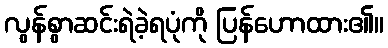
လွန်စွာဆင်းရဲခဲ့ရပုံကို ပြန်ဟောထား၏။